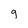
Character: 9